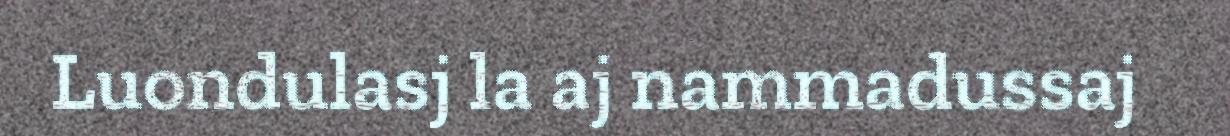
Luondulasj la aj nammadussaj